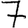
Digit: 7